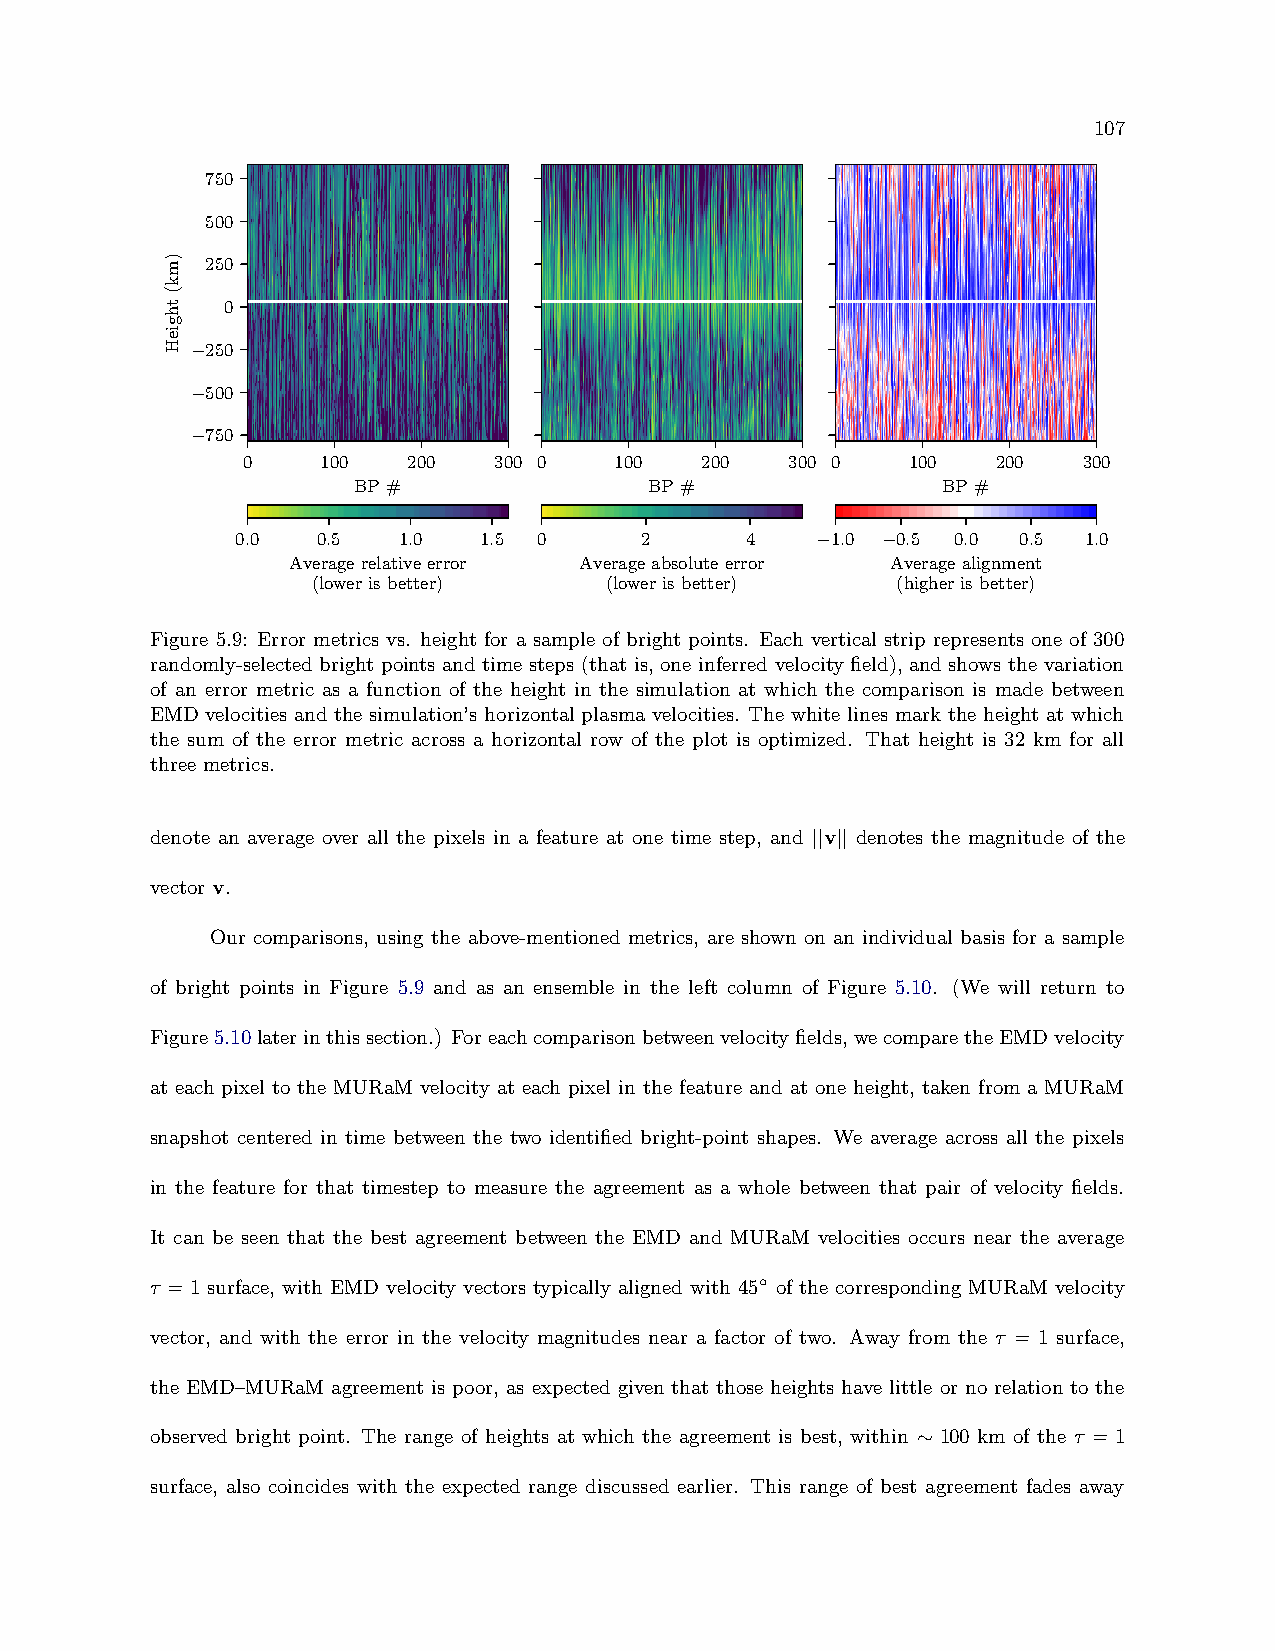
107
 750
 500
 250
 0
 250
 −
 500
 −
 750
 −
 0    100   200   300 0   100  200   300 0   100   200   300
 BP#                 BP#                BP#
 0.0  0.5  1.0   1.5 0     2      4     1.0 0.5 0.0 0.5  1.0
 −   −
 Averagerelativeerror Averageabsoluteerror Averagealignment
 (lowerisbetter)    (lowerisbetter)    (higherisbetter)
 Figure 5.9: Error metrics vs. height for a sample of bright points. Each vertical strip represents one of 300
 randomly-selected bright points and time steps (that is, one inferred velocity field), and shows the variation
 of an error metric as a function of the height in the simulation at which the comparison is made between
 EMD velocities and the simulation’s horizontal plasma velocities. The white lines mark the height at which
 the sum of the error metric across a horizontal row of the plot is optimized. That height is 32 km for all
 three metrics.
 denote an average over all the pixels in a feature at one time step, and ||v|| denotes the magnitude of the
 vector v.
 Our comparisons, using the above-mentioned metrics, are shown on an individual basis for a sample
 of bright points in Figure 5.9 and as an ensemble in the left column of Figure 5.10. (We will return to
 Figure5.10laterinthissection.) Foreachcomparisonbetweenvelocityfields,wecomparetheEMDvelocity
 at each pixel to the MURaM velocity at each pixel in the feature and at one height, taken from a MURaM
 snapshot centered in time between the two identified bright-point shapes. We average across all the pixels
 in the feature for that timestep to measure the agreement as a whole between that pair of velocity fields.
 It can be seen that the best agreement between the EMD and MURaM velocities occurs near the average
 τ =1 surface, with EMD velocity vectors typically aligned with 45◦ of the corresponding MURaM velocity
 vector, and with the error in the velocity magnitudes near a factor of two. Away from the τ = 1 surface,
 the EMD–MURaM agreement is poor, as expected given that those heights have little or no relation to the
 observed bright point. The range of heights at which the agreement is best, within ∼ 100 km of the τ = 1
 surface, also coincides with the expected range discussed earlier. This range of best agreement fades away
 )mk(thgieH